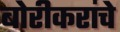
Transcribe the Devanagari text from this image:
बोरीकरांचे